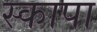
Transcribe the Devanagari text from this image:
स्कापा